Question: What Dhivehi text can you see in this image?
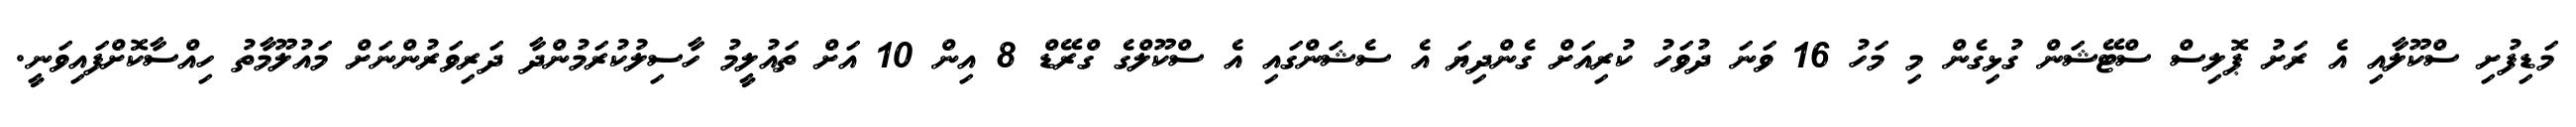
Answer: މަޑިފުށި ސްކޫލާއި އެ ރަށު ޕޮލިސް ސްޓޭޝަން ގުޅިގެން މި މަހު 16 ވަނަ ދުވަހު ކުރިއަށް ގެންދިޔަ އެ ސެޝަންގައި އެ ސްކޫލްގެ ގްރޭޑް 8 އިން 10 އަށް ތައުލީމު ހާސިލުކުރަމުންދާ ދަރިވަރުންނަށް މައުލޫމާތު ހިއްސާކޮށްފައިވަނީ.